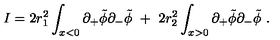
{ I } = 2 r _ { 1 } ^ { 2 } \int _ { x < 0 } \partial _ { + } \tilde { \phi } \partial _ { - } \tilde { \phi } \ + \ 2 r _ { 2 } ^ { 2 } \int _ { x > 0 } \partial _ { + } \tilde { \phi } \partial _ { - } \tilde { \phi } \ .